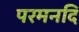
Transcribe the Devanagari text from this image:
परमनदि